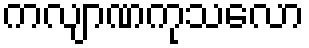
ကလျာဏကုသလော